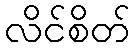
လိင်စိတ်